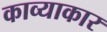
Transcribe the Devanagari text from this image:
काव्याकार